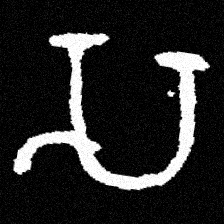
Pyu character \u2014 Myanmar letter: သ (romanized: sa)